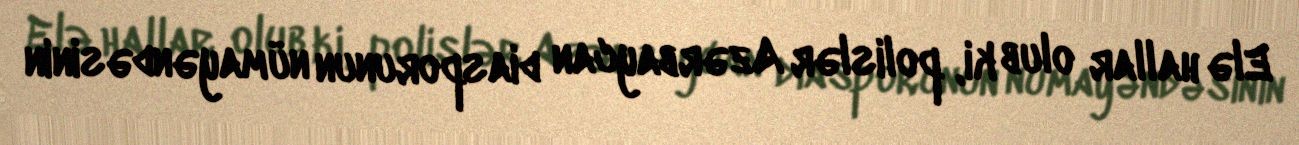
Elə hallar olub ki, polislər Azərbaycan diasporunun nümayəndəsinin